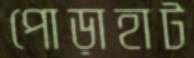
পোড়াহাট